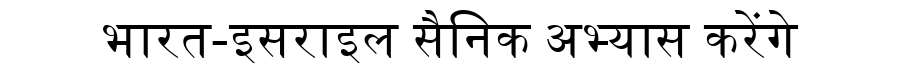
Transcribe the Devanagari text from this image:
भारत-इसराइल सैनिक अभ्यास करेंगे